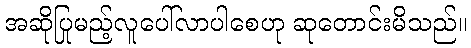
အဆိုပြုမည့်လူပေါ်လာပါစေဟု ဆုတောင်းမိသည်။